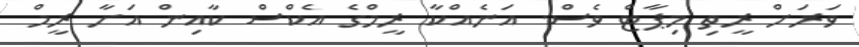
ވަރަށް ރީތި މިޕާޓް ވެސް. އަނެއްކާ ރީމްގެ އެކްސް ކާއިން އަށާ ރީމް